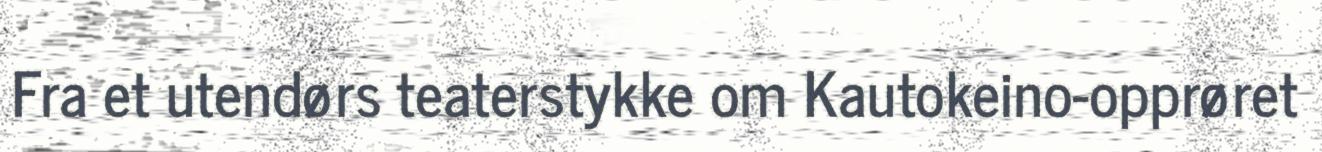
Fra et utendørs teaterstykke om Kautokeino-opprøret